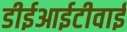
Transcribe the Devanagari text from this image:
डीईआईटीवाई